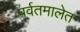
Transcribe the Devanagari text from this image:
पर्वतमालेत